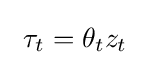
~\tau _{t}=\theta _{t}z_{t}~